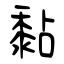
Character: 黏